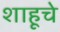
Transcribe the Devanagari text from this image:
शाहूचे